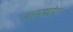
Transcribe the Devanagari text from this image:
उत्‍तरप्रदेश